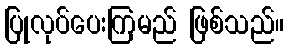
ပြုလုပ်ပေးကြမည် ဖြစ်သည်။